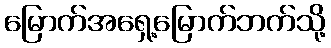
မြောက်အရှေ့မြောက်ဘက်သို့